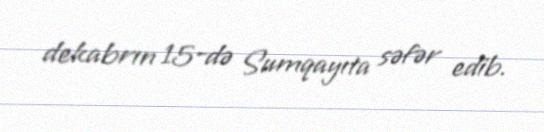
dekabrın 15-də Sumqayıta səfər edib.